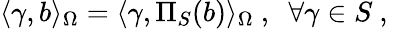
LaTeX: \langle\gamma,b\rangle_{\Omega}=\langle\gamma,\Pi_{S}(b)\rangle_{\Omega}\mathrm{~,~}\; \forall\gamma\in S\mathrm{~,~}